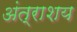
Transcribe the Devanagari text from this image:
अंत्राशय